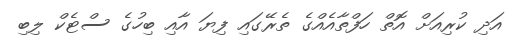
އަދި ކުރިއަށް އޮތް ހަފްތާއެއްގެ ތެރޭގައި ފިޔަ އާއި ބިހުގެ ސްޓެކް ލިބި